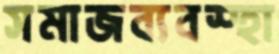
সমাজব্যবস্হা